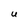
Character: U